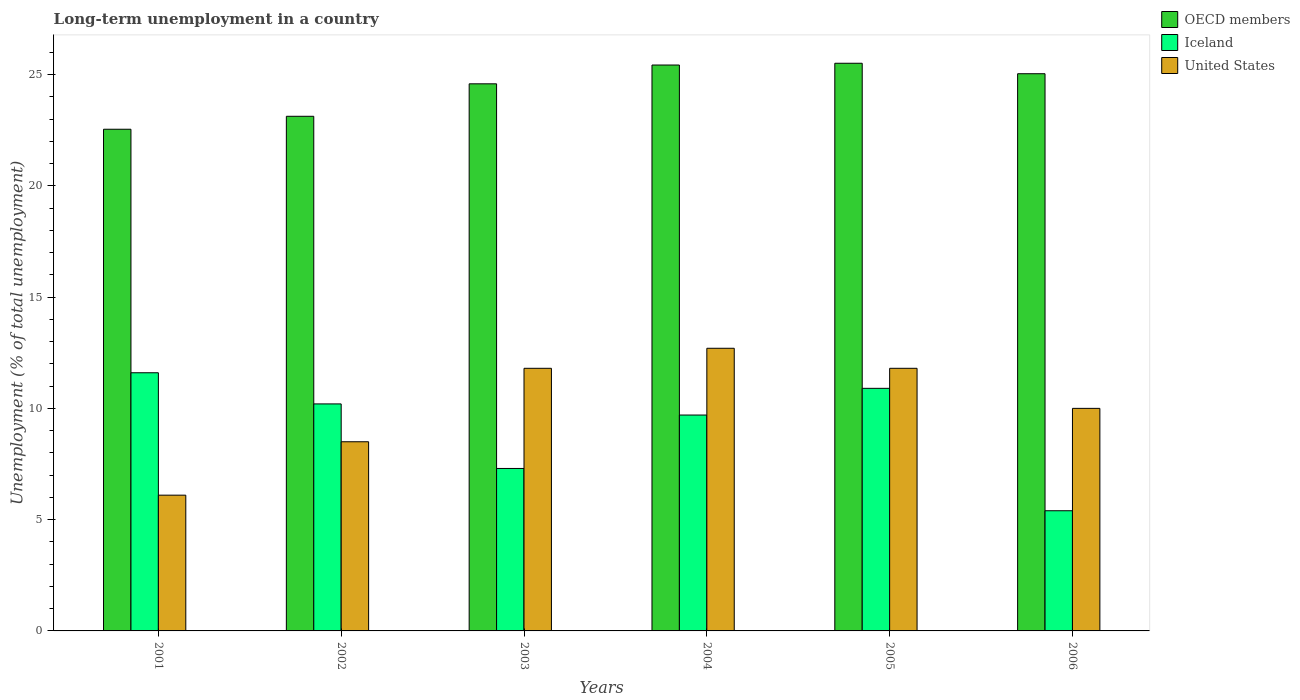
| Years | OECD members | Iceland | United States |
 | --- | --- | --- | --- |
 | 2001 | 22.5 | 11.6 | 6.1 |
 | 2002 | 23.1 | 10.2 | 8.5 |
 | 2003 | 24.6 | 7.3 | 11.8 |
 | 2004 | 25.4 | 9.7 | 12.7 |
 | 2005 | 25.5 | 10.9 | 11.8 |
 | 2006 | 25 | 5.4 | 10 |